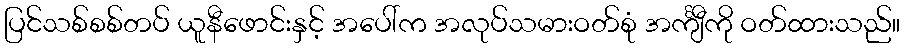
ပြင်သစ်စစ်တပ် ယူနီဖောင်းနှင့် အပေါ်က အလုပ်သမားဝတ်စုံ အင်္ကျီကို ဝတ်ထားသည်။